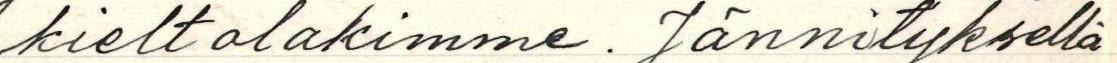
kieltolakimme. Jännityksellä